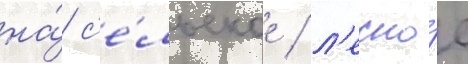
на́ с'е́льское / л'есно́е